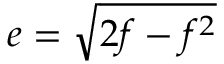
e = { \sqrt { 2 f - f ^ { 2 } } }